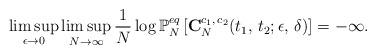
LaTeX: \begin{align*}\limsup_{\epsilon\rightarrow0}\limsup_{N\rightarrow\infty}\frac{1}{N}\log\mathbb{P}_{N}^{eq}\left[\mathbf{C}_{N}^{c_{1},\,c_{2}}(t_{1},\,t_{2};\epsilon,\,\delta)\right]=-\infty.\end{align*}